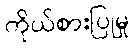
ကိုယ်စားပြုမှု